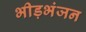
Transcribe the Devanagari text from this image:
भीड़भंजन